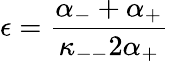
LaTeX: \epsilon=\frac{\alpha_{-}+\alpha_{+}}{\kappa_{--}2\alpha_{+}}